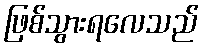
ဖြစ်သွားရလေသည်